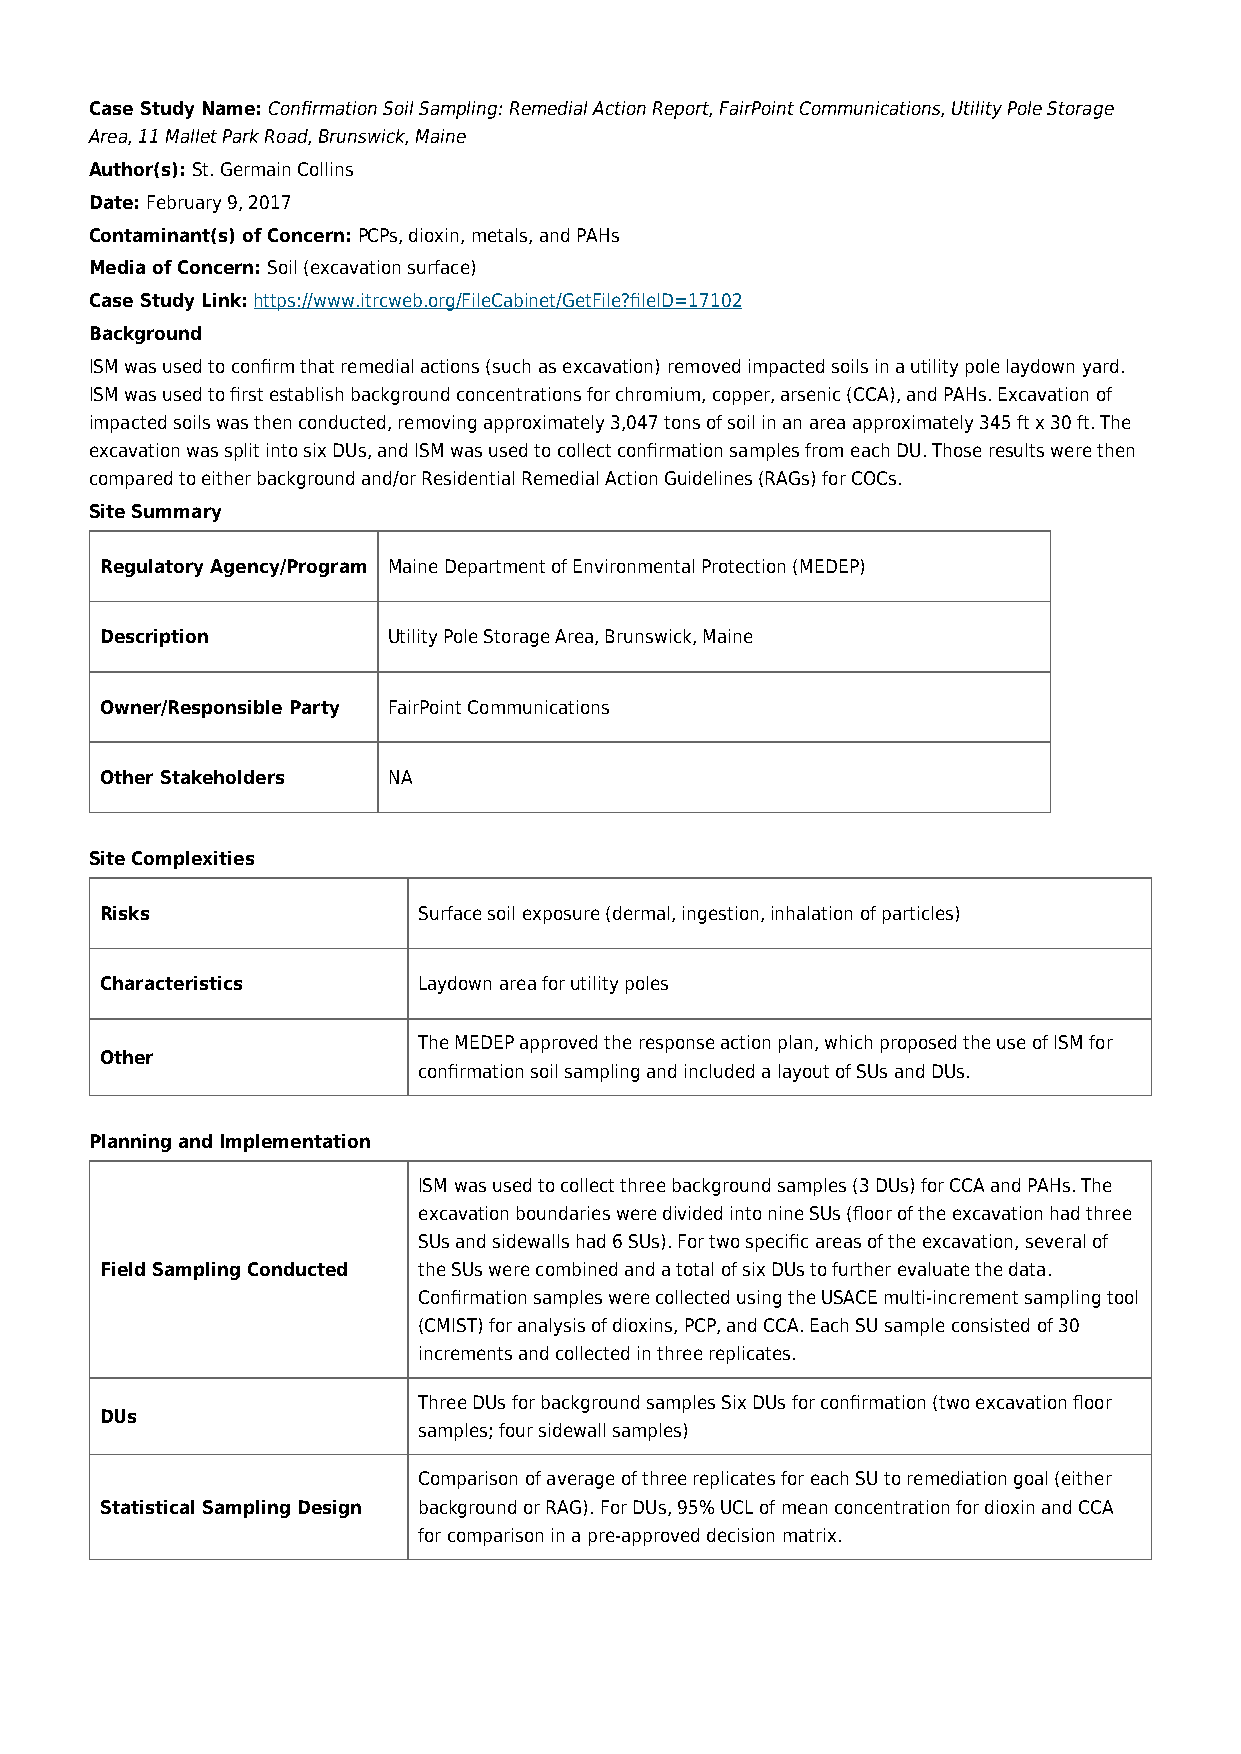
Case Study Name: Confirmation Soil Sampling: Remedial Action Report, FairPoint Communications, Utility Pole Storage
 Area, 11 Mallet Park Road, Brunswick, Maine
 Author(s): St. Germain Collins
 Date: February 9, 2017
 Contaminant(s) of Concern: PCPs, dioxin, metals, and PAHs
 Media of Concern: Soil (excavation surface)
 Case Study Link: https://www.itrcweb.org/FileCabinet/GetFile?fileID=17102
 Background
 ISM was used to confirm that remedial actions (such as excavation) removed impacted soils in a utility pole laydown yard.
 ISM was used to first establish background concentrations for chromium, copper, arsenic (CCA), and PAHs. Excavation of
 impacted soils was then conducted, removing approximately 3,047 tons of soil in an area approximately 345 ft x 30 ft. The
 excavation was split into six DUs, and ISM was used to collect confirmation samples from each DU. Those results were then
 compared to either background and/or Residential Remedial Action Guidelines (RAGs) for COCs.
 Site Summary
 Regulatory Agency/Program Maine Department of Environmental Protection (MEDEP)
 Description        Utility Pole Storage Area, Brunswick, Maine
 Owner/Responsible Party FairPoint Communications
 Other Stakeholders NA
 Site Complexities
 Risks                Surface soil exposure (dermal, ingestion, inhalation of particles)
 Characteristics      Laydown area for utility poles
 The MEDEP approved the response action plan, which proposed the use of ISM for
 Other
 confirmation soil sampling and included a layout of SUs and DUs.
 Planning and Implementation
 ISM was used to collect three background samples (3 DUs) for CCA and PAHs. The
 excavation boundaries were divided into nine SUs (floor of the excavation had three
 SUs and sidewalls had 6 SUs). For two specific areas of the excavation, several of
 Field Sampling Conducted the SUs were combined and a total of six DUs to further evaluate the data.
 Confirmation samples were collected using the USACE multi-increment sampling tool
 (CMIST) for analysis of dioxins, PCP, and CCA. Each SU sample consisted of 30
 increments and collected in three replicates.
 Three DUs for background samples Six DUs for confirmation (two excavation floor
 DUs
 samples; four sidewall samples)
 Comparison of average of three replicates for each SU to remediation goal (either
 Statistical Sampling Design background or RAG). For DUs, 95% UCL of mean concentration for dioxin and CCA
 for comparison in a pre-approved decision matrix.